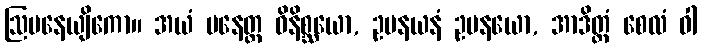
ဩပနေယျိကော။ အယံ ပနေတ္ထ ဝိနိစ္ဆယော, ဥပနယနံ ဥပနယော, အာဒိတ္တံ စေလံ ဝါ